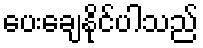
ပေးချေနိုင်ပါသည်